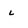
Character: l